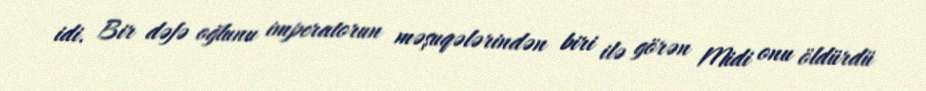
idi. Bir dəfə oğlunu imperatorun məşuqələrindən biri ilə görən Midi onu öldürdü